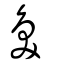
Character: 奐